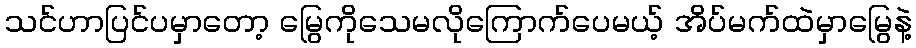
သင်ဟာပြင်ပမှာတော့ မြွေကိုသေမလိုကြောက်ပေမယ့် အိပ်မက်ထဲမှာမြွေနဲ့